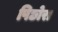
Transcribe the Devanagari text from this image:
पिछोरा